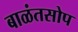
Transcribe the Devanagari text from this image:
बाळंतसोप